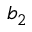
b _ { 2 }